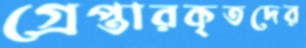
গ্রেপ্তারকৃতদের